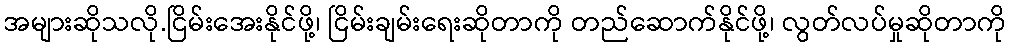
အများဆိုသလို.ငြိမ်းအေးနိုင်ဖို့၊ ငြိမ်းချမ်းရေးဆိုတာကို တည်ဆောက်နိုင်ဖို့၊ လွတ်လပ်မှုဆိုတာကို